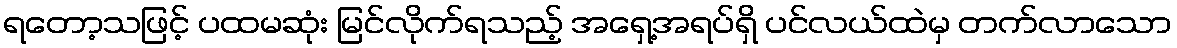
ရတော့သဖြင့် ပထမဆုံး မြင်လိုက်ရသည့် အရှေ့အရပ်ရှိ ပင်လယ်ထဲမှ တက်လာသော